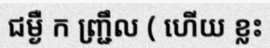
ជម្ងឺ ក ញ្ជ្រឹល ( ហើយ ខ្លះ